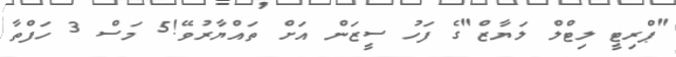
"ޕްރިޓީ ލިޓްލް ލަޔާޒް"ގެ ފަހު ސީޒަން އަށް ތައްޔާރުވޭ!5 މަސް 3 ހަފްތާ